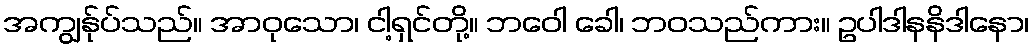
အကျွန်ုပ်သည်။ အာဝုသော၊ ငါ့ရှင်တို့။ ဘဝေါ ခေါ၊ ဘဝသည်ကား။ ဥပါဒါနနိဒါနော၊